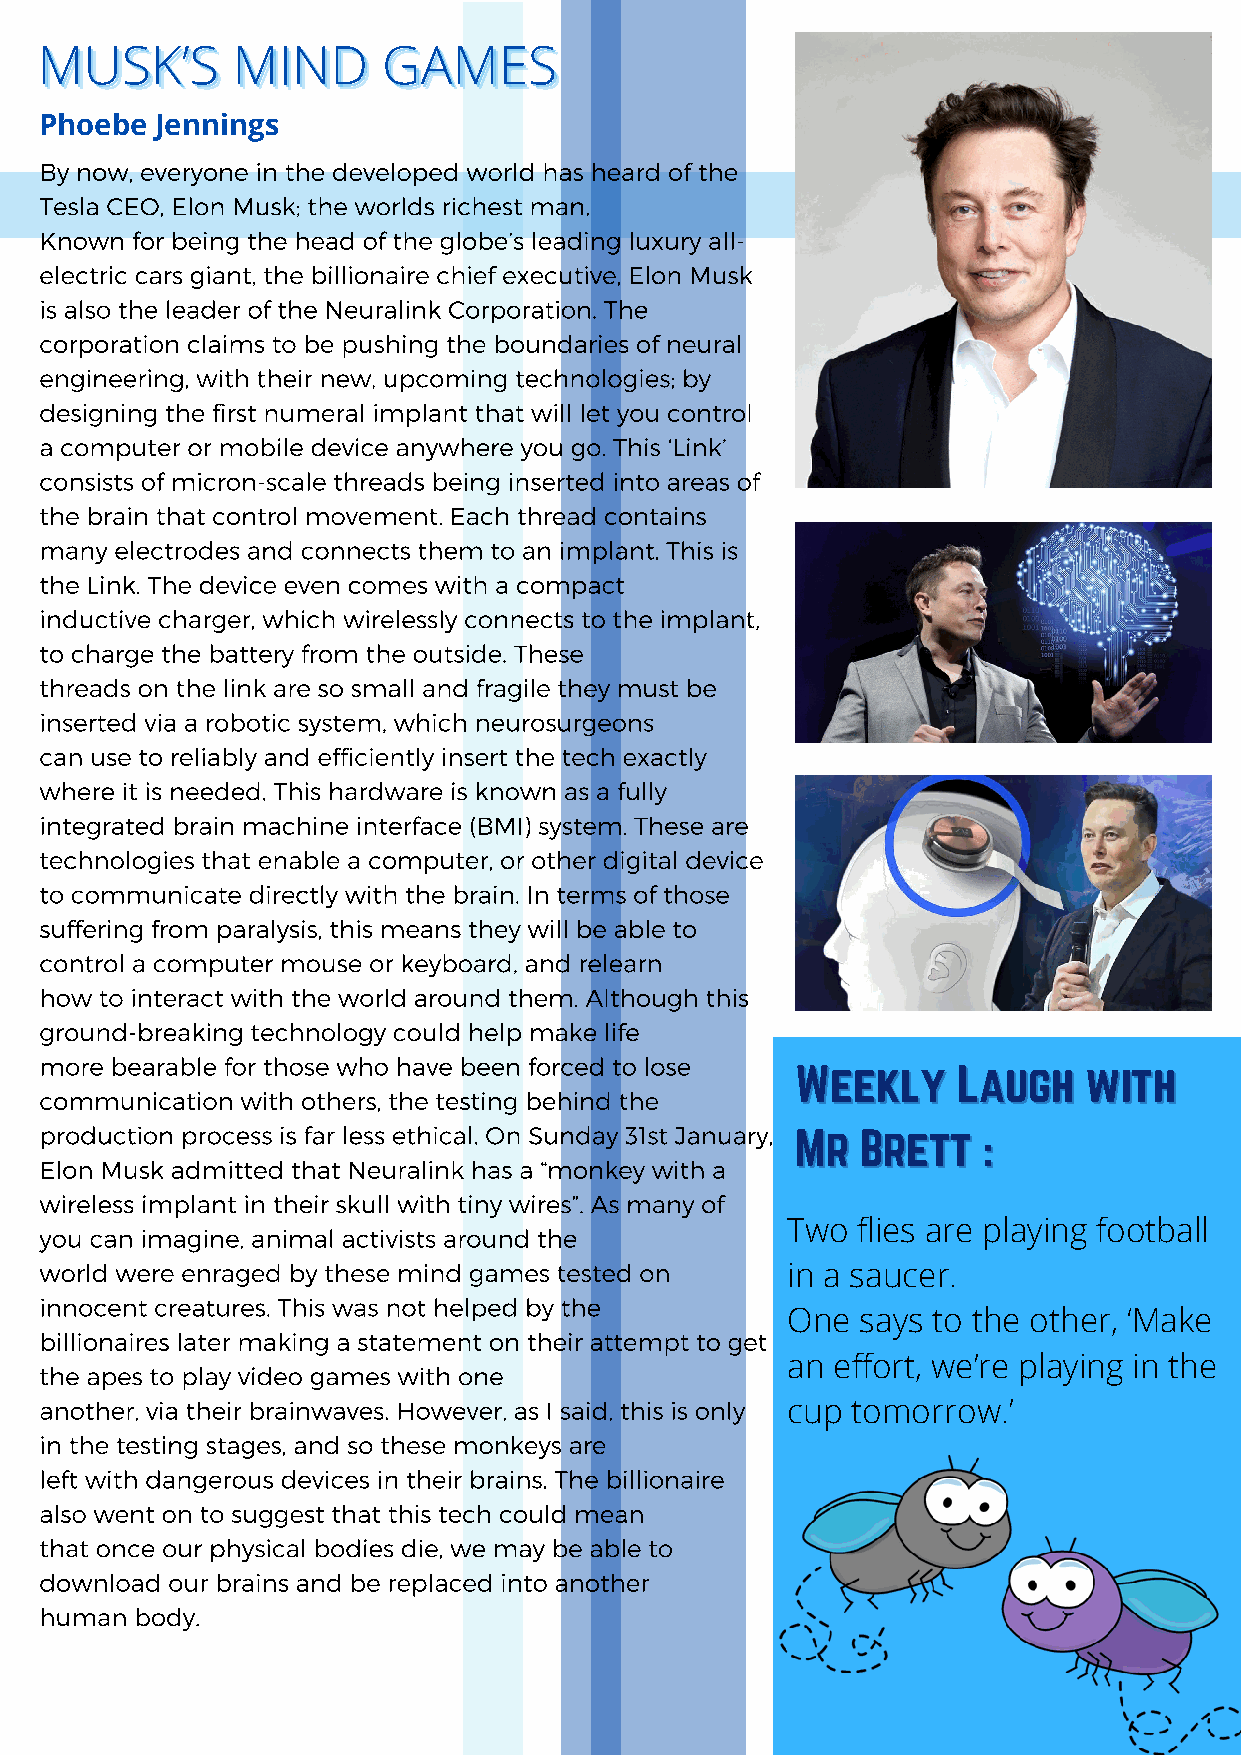
MMMUUUSSSKKK’’’SSS MMMIIINNNDDD GGGAAAMMMEEESSS
 Phoebe Jennings
 By now, everyone in the developed world has heard of the
 Tesla CEO, Elon Musk; the worlds richest man.
 Known for being the head of the globe’s leading luxury all-
 electric cars giant, the billionaire chief executive, Elon Musk
 is also the leader of the Neuralink Corporation. The
 corporation claims to be pushing the boundaries of neural
 engineering, with their new, upcoming technologies; by
 designing the first numeral implant that will let you control
 a computer or mobile device anywhere you go. This ‘Link’
 consists of micron-scale threads being inserted into areas of
 the brain that control movement. Each thread contains
 many electrodes and connects them to an implant. This is
 the Link. The device even comes with a compact
 inductive charger, which wirelessly connects to the implant,
 to charge the battery from the outside. These
 threads on the link are so small and fragile they must be
 inserted via a robotic system, which neurosurgeons
 can use to reliably and efficiently insert the tech exactly
 where it is needed. This hardware is known as a fully
 integrated brain machine interface (BMI) system. These are
 technologies that enable a computer, or other digital device
 to communicate directly with the brain. In terms of those
 suffering from paralysis, this means they will be able to
 control a computer mouse or keyboard, and relearn
 how to interact with the world around them. Although this
 ground-breaking technology could help make life
 more bearable for those who have been forced to lose
 WWeeeekkllyy LLaauugghh wwiitthh
 communication with others, the testing behind the
 production process is far less ethical. On Sunday 31st January,
 MMrr BBrreetttt ::
 Elon Musk admitted that Neuralink has a “monkey with a
 wireless implant in their skull with tiny wires”. As many of
 you can imagine, animal activists around the     Two  flies are playing football
 world were enraged by these mind games tested on in a saucer.
 innocent creatures. This was not helped by the
 One  says to the other, ‘Make
 billionaires later making a statement on their attempt to get
 an effort, we’re playing in the
 the apes to play video games with one
 another, via their brainwaves. However, as I said, this is only cup tomorrow.’
 in the testing stages, and so these monkeys are
 left with dangerous devices in their brains. The billionaire
 also went on to suggest that this tech could mean
 that once our physical bodies die, we may be able to
 download our brains and be replaced into another
 human body.